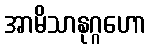
အာမိသာနုဂ္ဂဟော